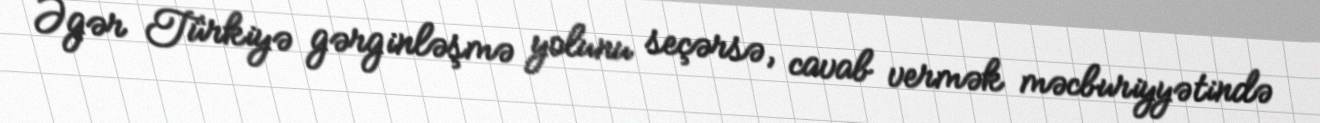
Əgər Türkiyə gərginləşmə yolunu seçərsə, cavab vermək məcburiyyətində